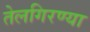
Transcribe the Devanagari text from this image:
तेलगिरण्या